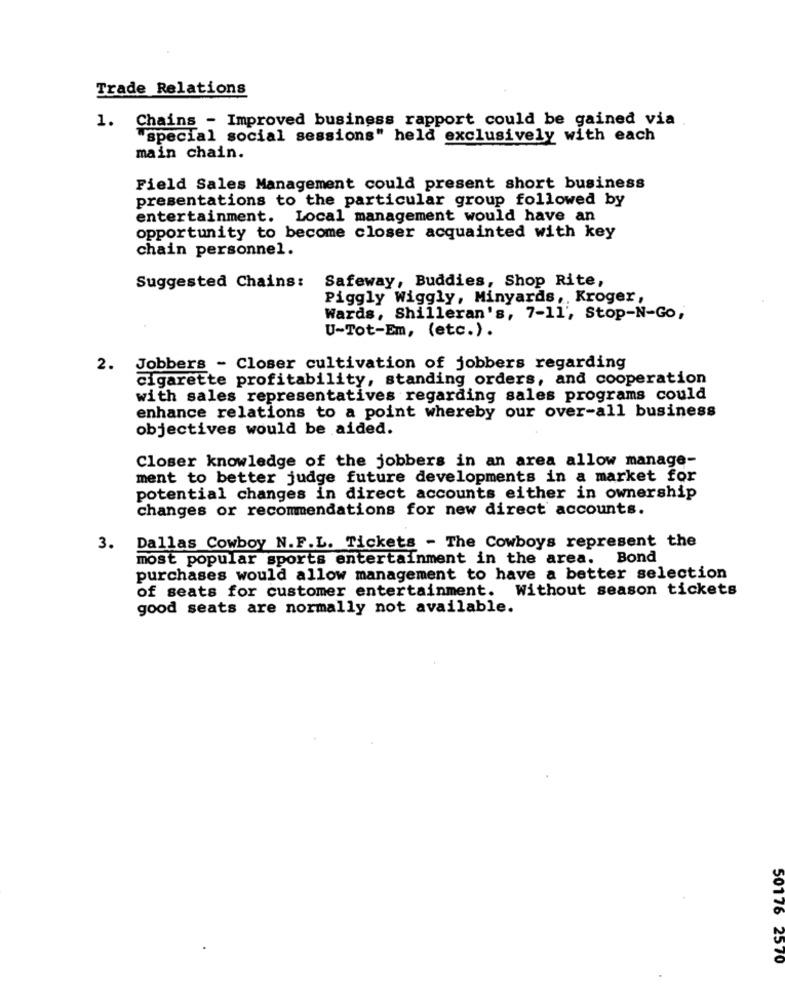
Trade Relations
1. Chains - Improved business rapport could be gained via
"special social sessions" held exclusively with each
main chain.
Field Sales Management could present short business
presentations to the particular group followed by
entertainment. Local management would have an
opportunity to become closer acquainted with key
chain personnel.
Safeway, Buddies, Shop Rite,
Suggested Chains:
Piggly Wiggly, Minyards, Kroger,
Wards, Shilleran's, 7-11', Stop-N-Go,
U-Tot-Em, (etc.).
2. Jobbers - Closer cultivation of jobbers regarding
cigarette profitability, standing orders, and cooperation
with sales representatives regarding sales programs could
enhance relations to a point whereby our over-all business
objectives would be aided.
Closer knowledge of the jobbers in an area allow manage-
ment to better judge future developments in a market for
potential changes in direct accounts either in ownership
changes or recommendations for new direct accounts.
3.
Dallas Cowboy N.F.L. Tickets - The Cowboys represent the
most popular sports entertainment in the area.
Bond
purchases would allow management to have a better selection
of seats for customer entertainment. Without season tickets
good seats are normally not available.
50176 2570